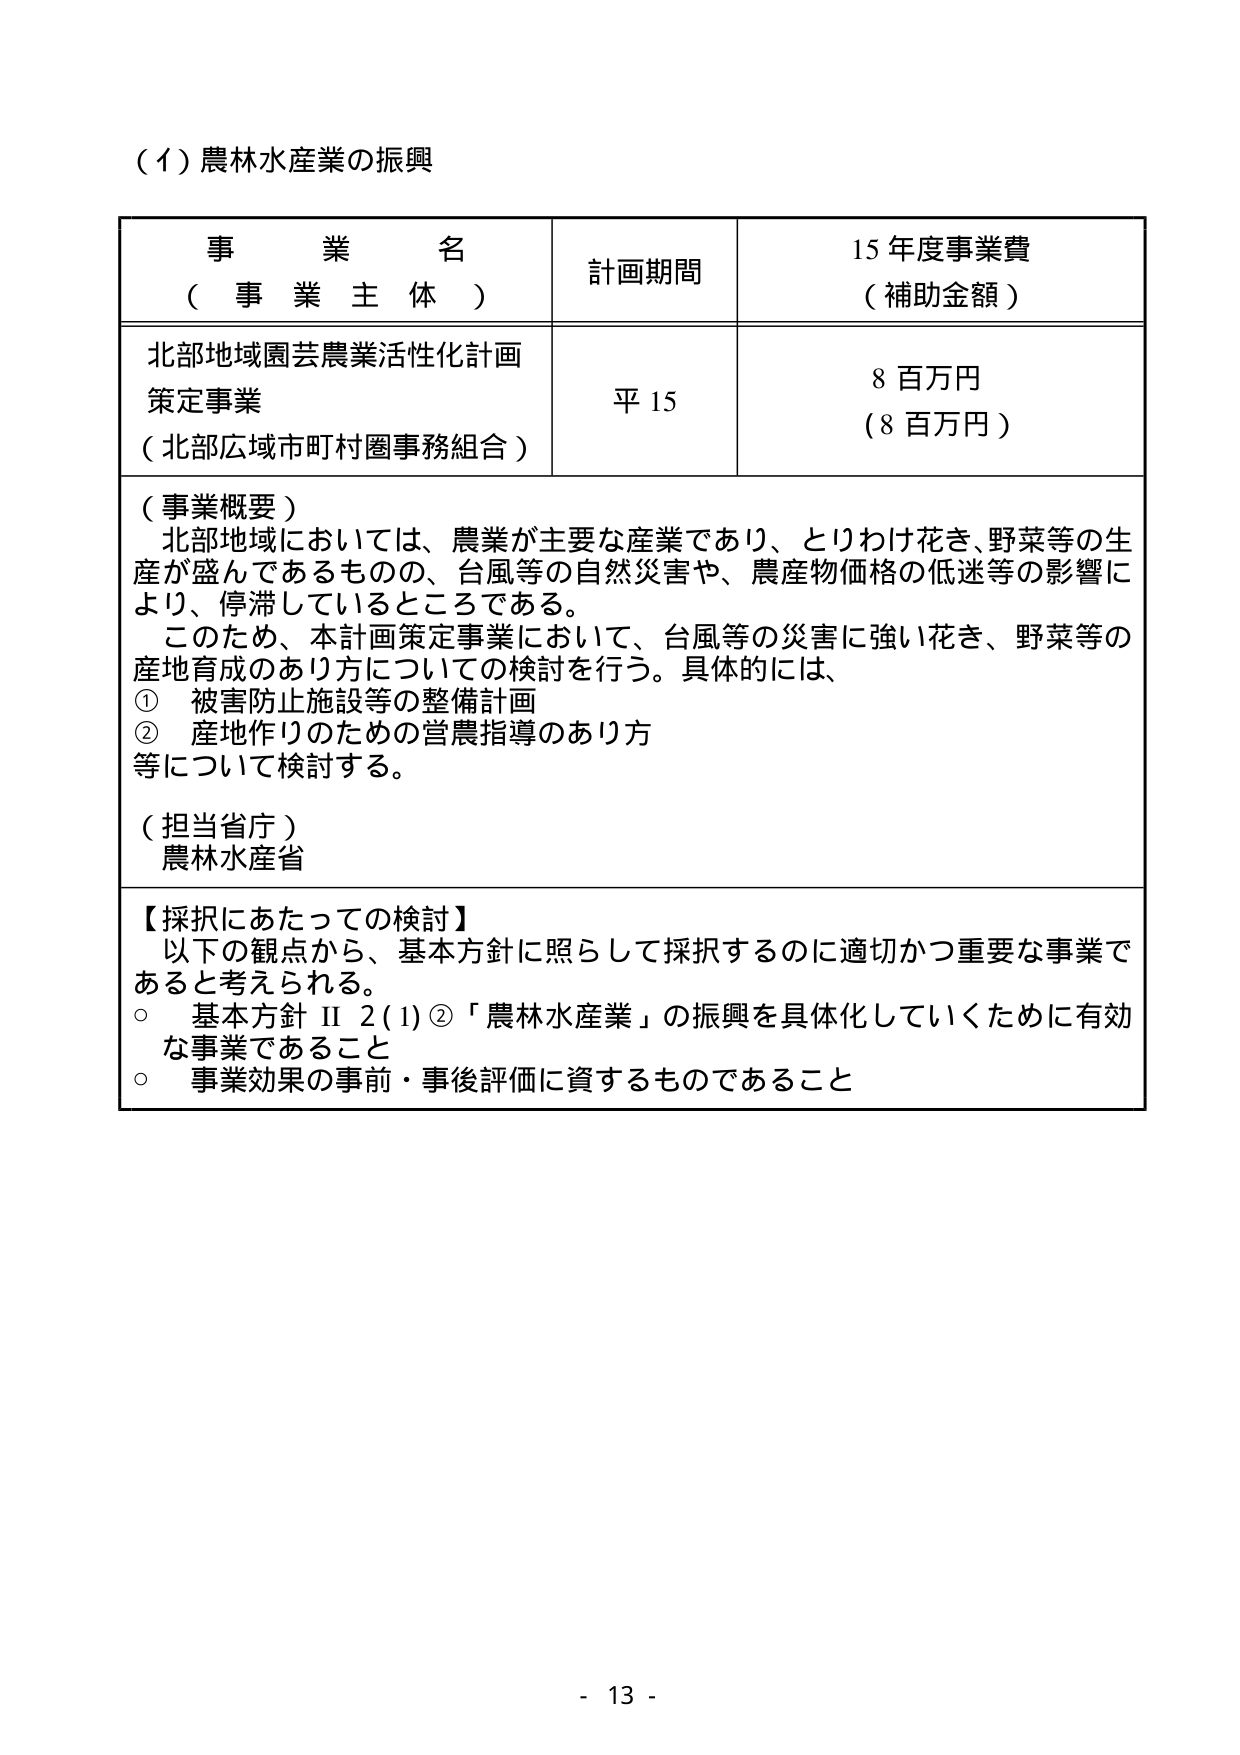
（1）農林水産業の振興

事 業 名
（ 事 業 主 体 ）

計画期間

15年度事業費
（補助金額）

北部地域園芸農業活性化計画
策定事業
（北部広域市町村圏事務組合）

平15

8百万円
（8百万円）

（事業概要）
北部地域においては、農業が主要な産業であり、とりわけ花き、野菜等の生産が盛んであるものの、台風等の自然災害や、農産物価格の低迷等の影響により、停滞しているところである。
このため、本計画策定事業において、台風等の災害に強い花き、野菜等の産地育成のあり方についての検討を行う。具体的には、
① 被害防止施設等の整備計画
② 産地作りのための営農指導のあり方
等について検討する。

（担当省庁）
農林水産省

【採択にあたっての検討】
以下の観点から、基本方針に照らして採択するのに適切かつ重要な事業であると考えられる。
○ 基本方針Ⅱ2(1)②「農林水産業」の振興を具体化していくために有効な事業であること
○ 事業効果の事前・事後評価に資するものであること

- 13 -